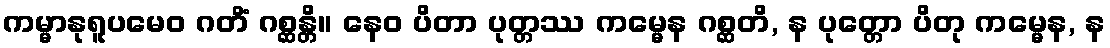
ကမ္မာနုရူပမေဝ ဂတိံ ဂစ္ဆန္တိ။ နေဝ ပိတာ ပုတ္တဿ ကမ္မေန ဂစ္ဆတိ, န ပုတ္တော ပိတု ကမ္မေန, န